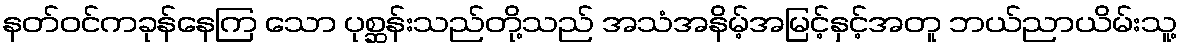
နတ်ဝင်ကခုန်နေကြ သော ပုစ္ဆန်းသည်တို့သည် အသံအနိမ့်အမြင့်နှင့်အတူ ဘယ်ညာယိမ်းသူ့